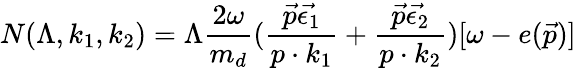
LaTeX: N(\Lambda,k_{1},k_{2})=\Lambda\frac{2\omega}{m_{d}}(\frac{\vec{p}\vec{\epsilon_{1}}}{p\cdot k_{1}}+\frac{\vec{p}\vec{\epsilon_{2}}}{p\cdot k_{2}})[\omega-e(\vec{p})]